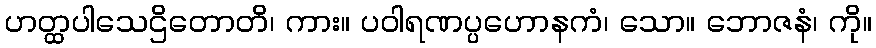
ဟတ္ထပါသေဌိတောတိ၊ ကား။ ပဝါရဏပ္ပဟောနကံ၊ သော။ ဘောဇနံ၊ ကို။